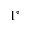
1 ^ { \circ }